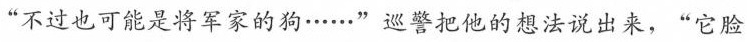
“不过也可能是将军家的狗·····”巡警把他的想法说出来，“它脸